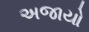
અજાયો